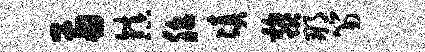
两镇胎凑黎那笏